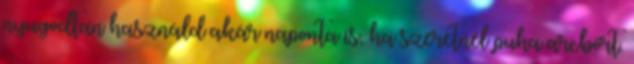
nyugodtan használd akár naponta is, ha szeretnél puha arcbőrt.